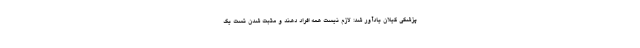
پزشکی گیلان یادآور شد: لازم نیست همه افراد دهند و مثبت شدن تست یک